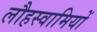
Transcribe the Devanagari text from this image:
लौहस्वामियों